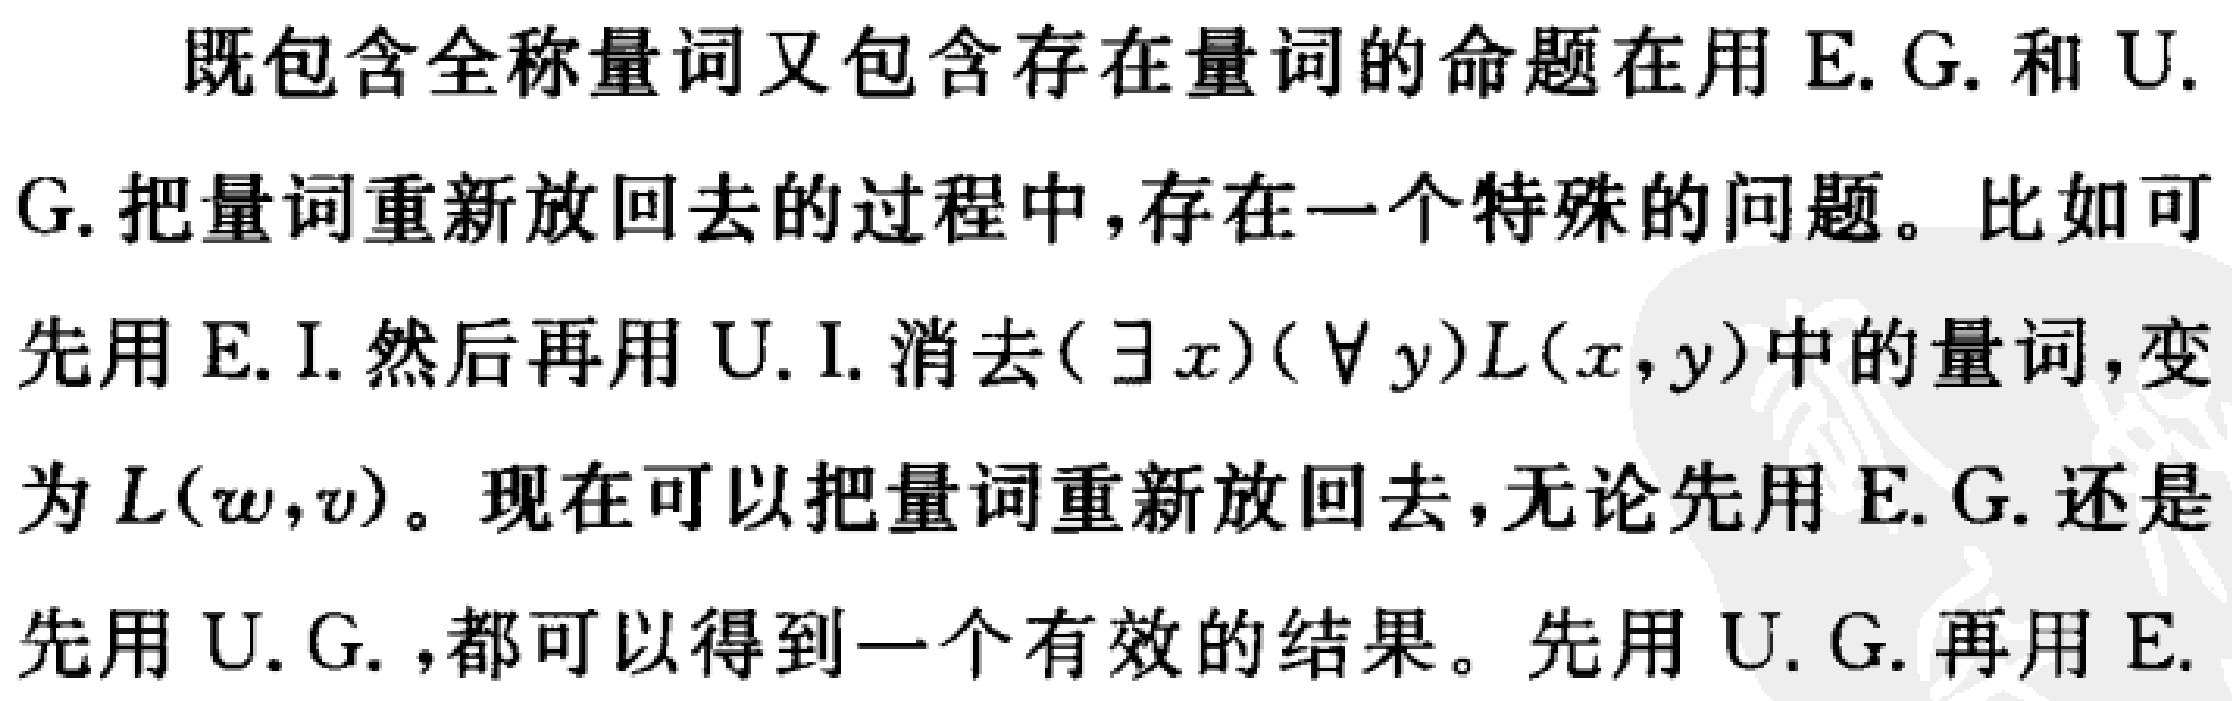
既包含全称量词又包含存在量词的命题在用 E. G. 和 U.
G. 把量词重新放回去的过程中，存在一个特殊的问题。比如可
先用 E. I. 然后再用 U. I. 消去$(\exists x)(\forall y)L(x,y)$中的量词，变
为$L(w,v)$。现在可以把量词重新放回去，无论先用 E. G. 还是
先用 U. G. ，都可以得到一个有效的结果。先用 U. G. 再用 E.